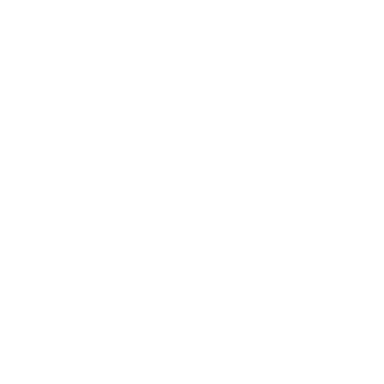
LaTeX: \fbox { \displaystyle \int _ { x _ { L } } ^ { x _ { R } } \mathrm { d } x \sqrt { \varepsilon - \Phi ^ { 2 } ( x ) } = \pi \left( n + \frac { 1 } { 2 } \pm \frac { \Delta } { 2 } \right) } \quad ,